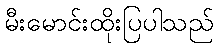
မီးမောင်းထိုးပြပါသည်